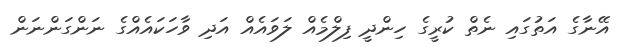
އޭނާގެ އަތުގައި ނެތް ކުރީގެ ހިންދީ ފިލްމެއް ލަވައެއް އަދި ވާހަކައެއްގެ ނަންގަންނަން